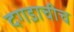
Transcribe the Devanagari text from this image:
दगडाचीच